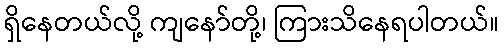
ရှိနေတယ်လို့ ကျနော်တို့၊ ကြားသိနေရပါတယ်။